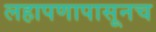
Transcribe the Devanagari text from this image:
लहापणापासूनच